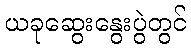
ယခုဆွေးနွေးပွဲတွင်